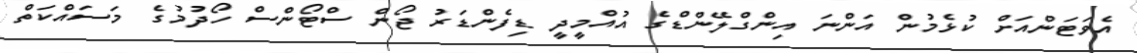
އެވަޓަންއަށް ކުޅެމުން އަންނަ އިންގްލޭންޑްގެ އުއްމީދީ ޑިފެންޑަރު ޖޯން ސްޓޯންސް ހޯދުމުގެ މަސައްކަތް